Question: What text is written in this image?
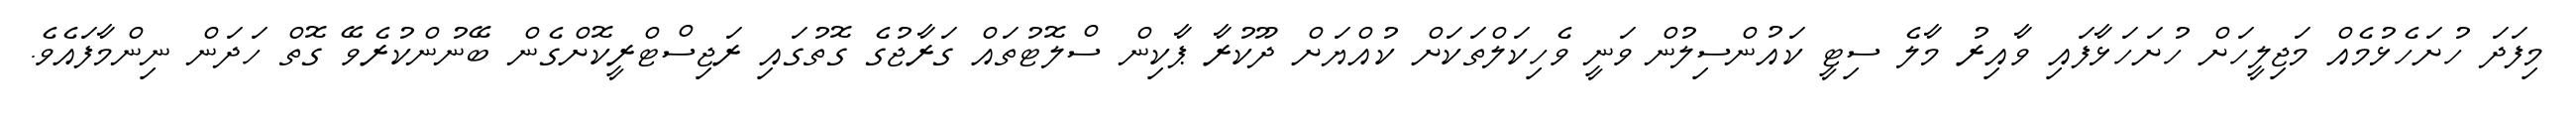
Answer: މިފަދަ ހުށަހެޅުމެއް މަޖިލީހަށް ހުށަހަޅާފައި ވާއިރު މާލެ ސިޓީ ކައުންސިލުން ވަނީ ވެހިކަލްތަކަށް ކުއްޔަށް ދޫކުރާ ޕާކިން ސްލޮޓުތައް ގަރާޖުގެ ގޮތުގައި ރަޖިސްޓްރީކޮށްގެން ބޭނުންކުރެވޭ ގޮތް ހަދަން ނިންމާފައެވެ.